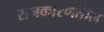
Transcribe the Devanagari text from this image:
राजकारणतील